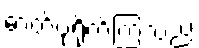
ဓာတ်ပုံရိုက်ကြသည်